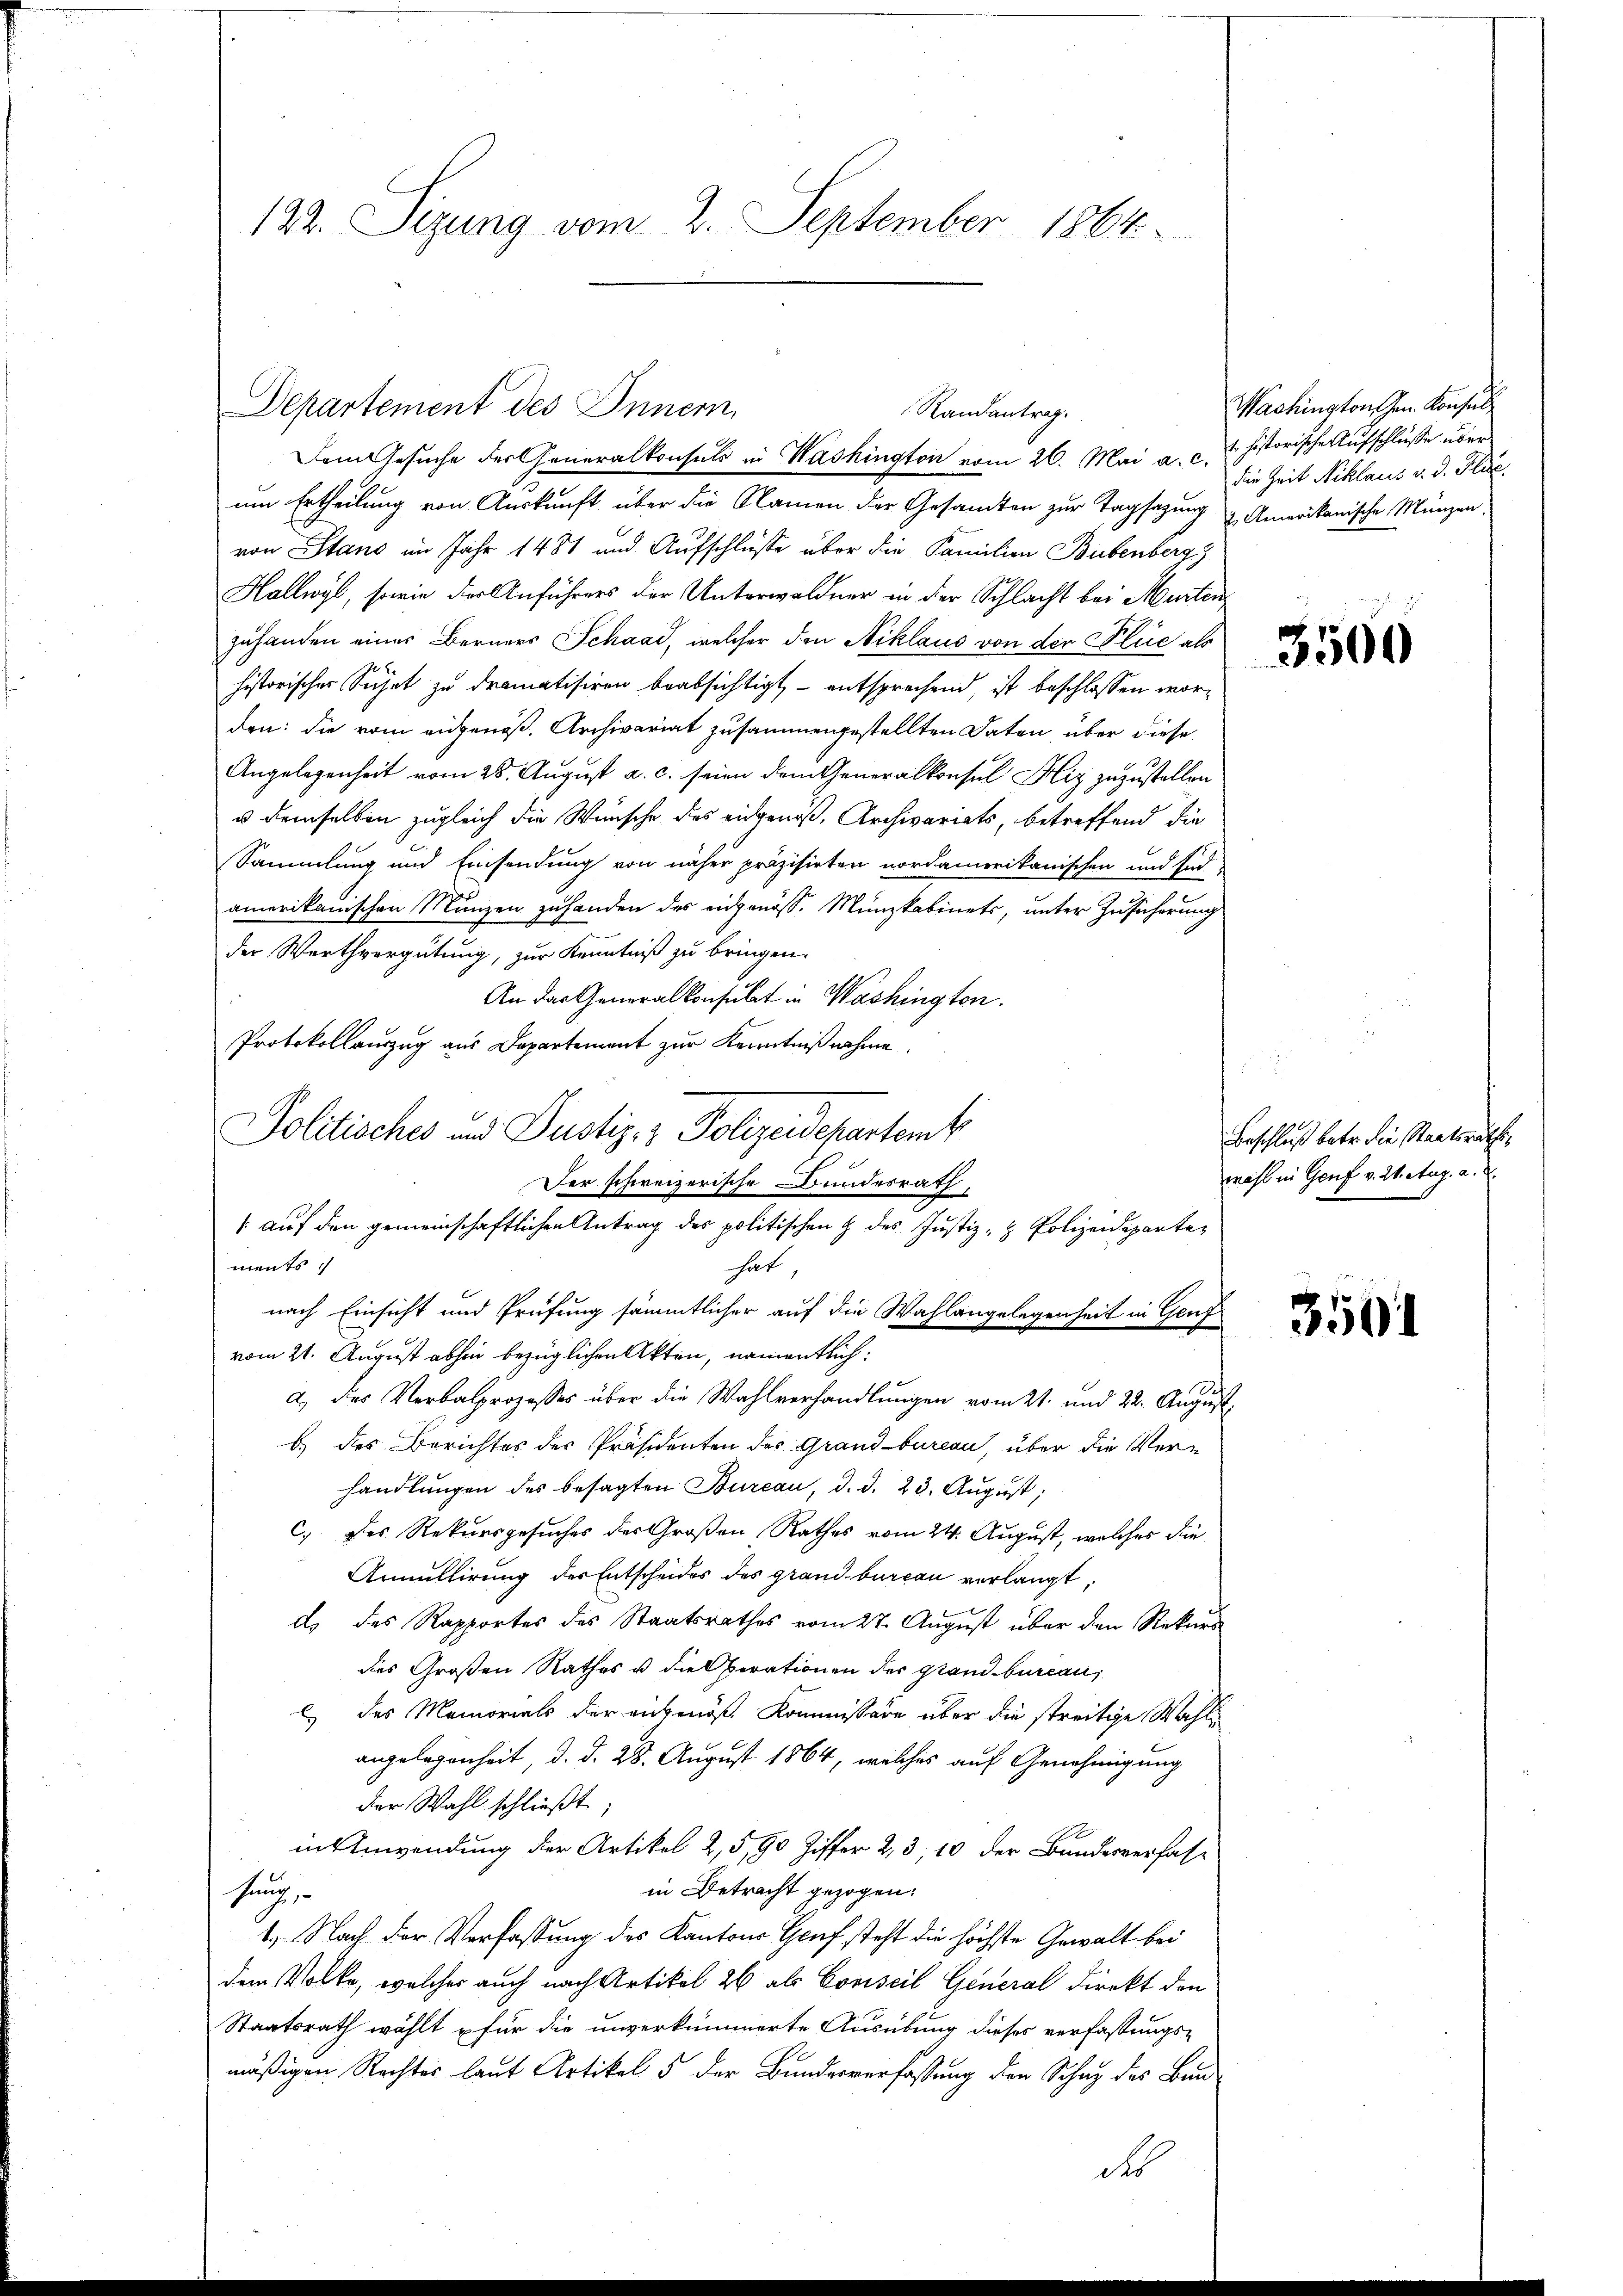
122. Sizung vom 2. September 1864

Departement des Innern,
Randantrag.
Dem Gesuche der Generalkonsuls in Washington vom 26. Mai a. c. u. historische Aufschlüsse über

um Ertheilung von Auskunft über die Namen der Gesamten zur Tagsazung & Amerikanische Münzen.
von Stand im Jahr 1481 und Aufschlüsse über die Familien Bubenberg)
Hallwyl, sowie der Anführers der Unterwaldner in der Schlacht bei Murten
zuhanden einer Berners Schaad, welcher den Niklaus von der Plue als
historischer Sichet zu dramatisiren beabsichtigt, - entsprechend, ist beschlossen worden: die vom angenoß. Archivariat zusammengestellten Daten, über diese
Angelegenheit vom 28. August a. c. seien dem Generalkonsul Hiz zuzustellen
u demselben zugleich die Wünsche des eidgenöß, Archivariats, betreffend die
Sammlung und Einsendung von näher präzisirten nordamerikanischen und sind
amerikanischen Münzen zuhanden das eidgenöss. Münzkabinets, unter Zusicherung
der Werthvergütung, zur Kenntniß zu bringen.
An das Generalkonsulat in Washington.
Protokollauszug aus Departement zur Kenntnißnahme
Der schweizerische Bunderrath,
 auf den gemeinschaftlichen Antrag des politischen & des Justiz- & Polizeidepartements
hat
nach Einsicht und Prüfung sämmtlicher auf die Wahlangelegenheit in Genf
vom 21. August abhin bezüglichen Akten, namentlich:
a.) des Verbalprozesses über die Wahlverhandlŭngen vom 21. und 22. Aŭgŭst
b.) des Berichtes des Präsidenten des Grandbureau, über die Verhandlungen des besagten Bureau, d. d. 23. August,
c) des Rekursgesuches des Großen Rathes vom 24. August, welches die
Annullirung des Entscheides des grand bureau verlangt,
ds des Rapportes des Staatsrathes vom 27. August über den Rekurs
des Großen Rathes u die Berationen des Stand bureau,
l) des Memorials der angenöß. Kommissäre über die streitige Wahl
angelegenheit, d. d. 28. August 1864, welches auf Genehmigung
der Wahl schließt:
in Anwendung der Artikel 2,5,90 Ziffer 2, 3, 10 der Bundesverfase
in Betracht gezogen.
sung,
1.) Nach der Verfassung des Kantons Genf steht die höchste Gewalt bei
dem Volke, welcher auch nach Artikel 26 als Conseil General Direkt den
Staatsrath wählt für die unverkümmerte Ausübung dieses verfassungs-
mäßigen Rechtes laut Artikel 5 der Bundesverfassung den Schaz des Bundo

Politisches und Justiz- & Polizeidepartemb

Wachington Hrn. Konsul
die Zeit Niklaus d. d. Plue.

3500

Beschluß betr. die Staatsrathes,
wahl in Genf v. 2. Aug. a. d.

350